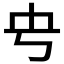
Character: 𰀊